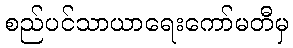
စည်ပင်သာယာရေးကော်မတီမှ